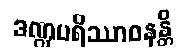
ဒဏ္ဍပရိဿာဝနန္တိ